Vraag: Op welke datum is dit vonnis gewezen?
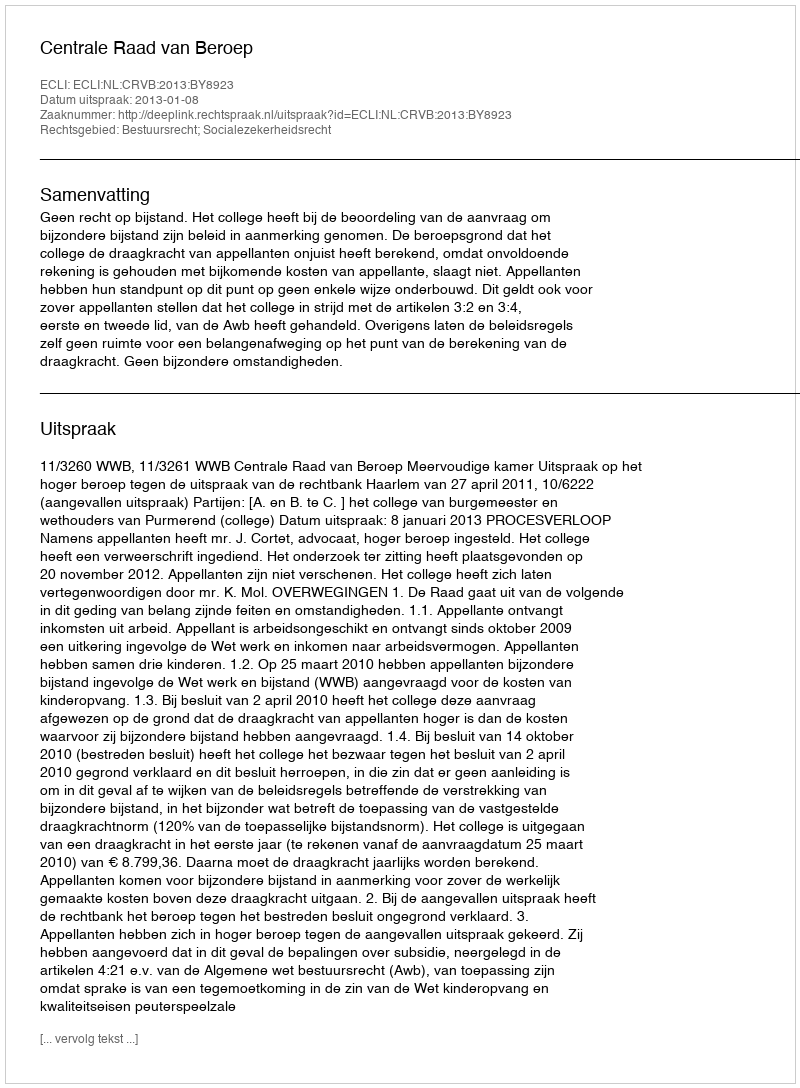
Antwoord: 2013-01-08